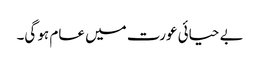
بے حیائی عورت میں عام ہو گی۔